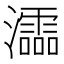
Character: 𤃩